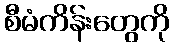
စီမံကိန်းတွေကို